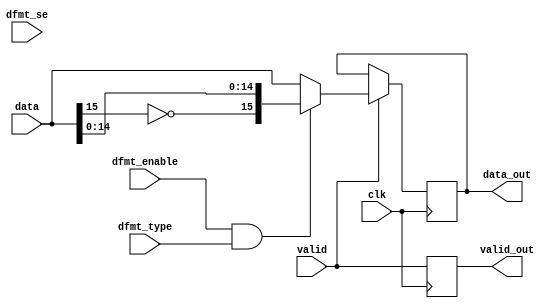
// ***************************************************************************
// ***************************************************************************
// Copyright 2011(c) Analog Devices, Inc.
// 
// All rights reserved.
// 
// Redistribution and use in source and binary forms, with or without modification,
// are permitted provided that the following conditions are met:
//     - Redistributions of source code must retain the above copyright
//       notice, this list of conditions and the following disclaimer.
//     - Redistributions in binary form must reproduce the above copyright
//       notice, this list of conditions and the following disclaimer in
//       the documentation and/or other materials provided with the
//       distribution.
//     - Neither the name of Analog Devices, Inc. nor the names of its
//       contributors may be used to endorse or promote products derived
//       from this software without specific prior written permission.
//     - The use of this software may or may not infringe the patent rights
//       of one or more patent holders.  This license does not release you
//       from the requirement that you obtain separate licenses from these
//       patent holders to use this software.
//     - Use of the software either in source or binary form, must be run
//       on or directly connected to an Analog Devices Inc. component.
//    
// THIS SOFTWARE IS PROVIDED BY ANALOG DEVICES "AS IS" AND ANY EXPRESS OR IMPLIED WARRANTIES,
// INCLUDING, BUT NOT LIMITED TO, NON-INFRINGEMENT, MERCHANTABILITY AND FITNESS FOR A
// PARTICULAR PURPOSE ARE DISCLAIMED.
//
// IN NO EVENT SHALL ANALOG DEVICES BE LIABLE FOR ANY DIRECT, INDIRECT, INCIDENTAL, SPECIAL,
// EXEMPLARY, OR CONSEQUENTIAL DAMAGES (INCLUDING, BUT NOT LIMITED TO, INTELLECTUAL PROPERTY
// RIGHTS, PROCUREMENT OF SUBSTITUTE GOODS OR SERVICES; LOSS OF USE, DATA, OR PROFITS; OR 
// BUSINESS INTERRUPTION) HOWEVER CAUSED AND ON ANY THEORY OF LIABILITY, WHETHER IN CONTRACT,
// STRICT LIABILITY, OR TORT (INCLUDING NEGLIGENCE OR OTHERWISE) ARISING IN ANY WAY OUT OF 
// THE USE OF THIS SOFTWARE, EVEN IF ADVISED OF THE POSSIBILITY OF SUCH DAMAGE.
// ***************************************************************************
// ***************************************************************************
// ***************************************************************************
// ***************************************************************************
// data format (offset binary or 2's complement only)

`timescale 1ps/1ps

module ad_datafmt (

  // data path

  clk,
  valid,
  data,
  valid_out,
  data_out,

  // control signals

  dfmt_enable,
  dfmt_type,
  dfmt_se);

  // delayed data bus width

  parameter   DATA_WIDTH = 16;
  parameter   DATA_WIDTH_OUT = 16;
  localparam  DW = DATA_WIDTH - 1;
  localparam  DW1 = DATA_WIDTH_OUT - 1;

  // data path

  input            clk;
  input            valid;
  input   [ DW:0]  data;
  output           valid_out;
  output  [DW1:0]  data_out;

  // control signals

  input           dfmt_enable;
  input           dfmt_type;
  input           dfmt_se;

  // internal registers

  reg              valid_out = 'd0;
  reg     [DW1:0]  data_out = 'd0;

  // internal signals

  wire             type_s;
  wire             signext_s;
  wire    [ DW:0]  data_s;
  wire    [DW1:0]  sign_s;
  wire    [DW1:0]  data_out_s;

  // if offset-binary convert to 2's complement first

  assign type_s = dfmt_enable & dfmt_type;
  assign signext_s = dfmt_enable & dfmt_se;

  assign data_s = (type_s == 1'b1) ? {~data[DW], data[(DW-1):0]} : data;
  assign sign_s = (signext_s == 1'b1) ? {{DW1{data_s[DW]}}} : 0;
  
  generate
  if (DW == DW1) begin
	assign data_out_s = data_s;
  end else begin
	assign data_out_s = {sign_s[DW1:(DW+1)], data_s};
  end
  endgenerate 

  always @(posedge clk) begin
    valid_out <= valid;
    data_out  <= valid ? data_out_s[DW1:0] : data_out;
  end

endmodule

// ***************************************************************************
// ***************************************************************************